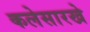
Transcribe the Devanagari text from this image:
कलेसारखे